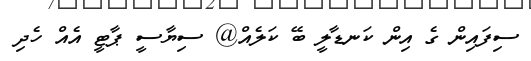
ސިފައިން ގެ އިން ކަނޑާލީ ބޭ ކަލެއް@ ސިޔާސީ ޕާޓީ އެއް ހެދި